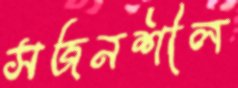
সজনশীল